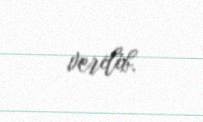
verilib.